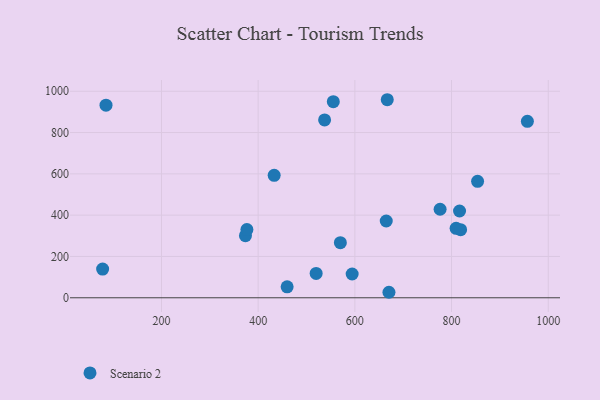
{"axis": {"x": "Ad Spend", "y": "Sales"}, "legend": ["Scenario 2"], "data": [{"x": "373.7", "y": 300.5, "type": "Scenario 2"}, {"x": "809.4", "y": 336.0, "type": "Scenario 2"}, {"x": "818.7", "y": 329.6, "type": "Scenario 2"}, {"x": "85.3", "y": 932.3, "type": "Scenario 2"}, {"x": "537.4", "y": 861.1, "type": "Scenario 2"}, {"x": "667.0", "y": 958.9, "type": "Scenario 2"}, {"x": "816.5", "y": 420.1, "type": "Scenario 2"}, {"x": "555.4", "y": 949.7, "type": "Scenario 2"}, {"x": "956.8", "y": 854.3, "type": "Scenario 2"}, {"x": "433.1", "y": 592.8, "type": "Scenario 2"}, {"x": "78.3", "y": 138.9, "type": "Scenario 2"}, {"x": "853.8", "y": 564.0, "type": "Scenario 2"}, {"x": "670.5", "y": 26.6, "type": "Scenario 2"}, {"x": "519.9", "y": 117.7, "type": "Scenario 2"}, {"x": "664.9", "y": 371.6, "type": "Scenario 2"}, {"x": "376.7", "y": 330.3, "type": "Scenario 2"}, {"x": "594.4", "y": 115.2, "type": "Scenario 2"}, {"x": "570.0", "y": 266.7, "type": "Scenario 2"}, {"x": "459.9", "y": 52.8, "type": "Scenario 2"}, {"x": "776.3", "y": 428.6, "type": "Scenario 2"}]}